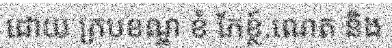
ដោយ ក្របខណ្ឌ ខំ ភែខ្ថ៍.ណេត និង